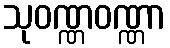
သုဝဏ္ဏဝဏ္ဏာ